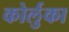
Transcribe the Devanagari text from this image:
कोर्लुका